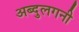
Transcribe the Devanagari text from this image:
अब्दुलगनी